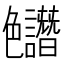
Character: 𱽊